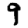
Digit: 9